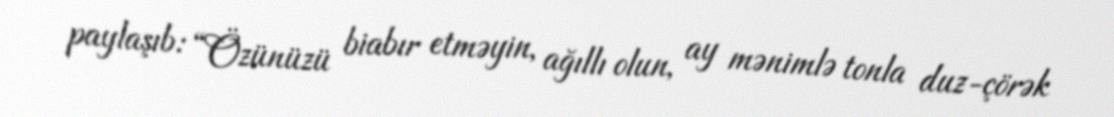
paylaşıb: “Özünüzü biabır etməyin, ağıllı olun, ay mənimlə tonla duz-çörək